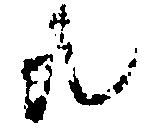
共